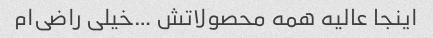
اینجا عالیه همه محصولاتش …خیلی‌ راضی‌ام